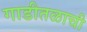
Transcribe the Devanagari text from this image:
गाडीतळाची